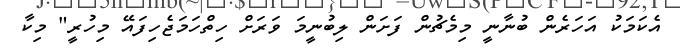
އެކަމަކު އަހަރެން ބުނާނީ މިމެޗުން ފަށަން ލިބުނީމަ ވަރަށް ހިތްހަމަޖެހިފައޭ މިހުރީ" މިކާ